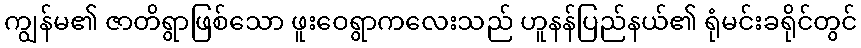
ကျွန်မ၏ ဇာတိရွာဖြစ်သော ဖူးဝေရွာကလေးသည် ဟူနန်ပြည်နယ်၏ ရုံမင်းခရိုင်တွင်